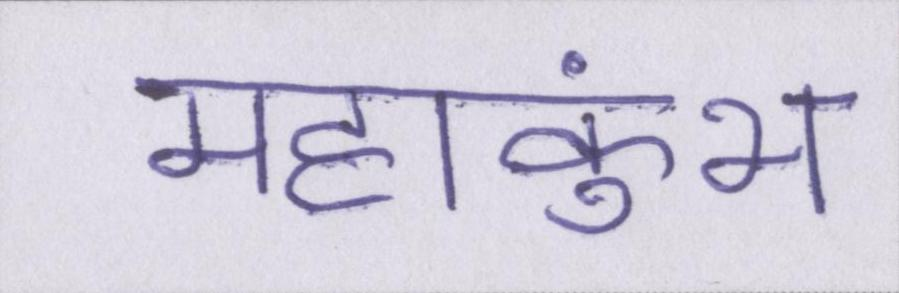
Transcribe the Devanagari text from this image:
महाकुंभ